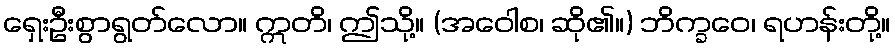
ရှေးဦးစွာရွတ်လော။ ဣတိ၊ ဤသို့။ (အဝေါစ၊ ဆို၏။) ဘိက္ခဝေ၊ ရဟန်းတို့။